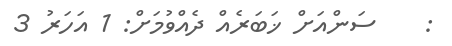
:    ސަންއަށް ޚަބަރެއް ދެއްވުމަށް: 1 އަހަރު 3